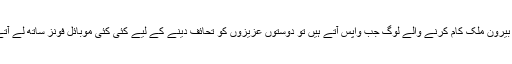
دبئی: بیرون ملک کام کرنے والے لوگ جب واپس آتے ہیں تو دوستوں عزیزوں کو تحائف دینے کے لیے کئی کئی موبائل فونز ساتھ لے آتے ہیں۔